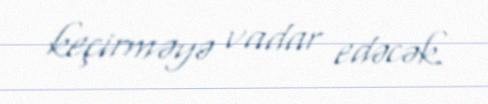
keçirməyə vadar edəcək.